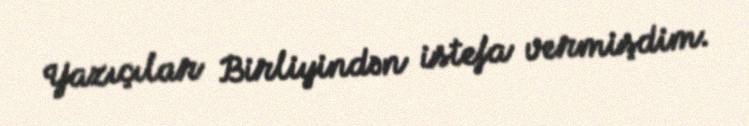
Yazıçılar Birliyindən istefa vermişdim.